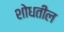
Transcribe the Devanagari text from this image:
शोधतील